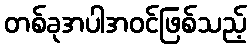
တစ်ခုအပါအဝင်ဖြစ်သည့်